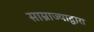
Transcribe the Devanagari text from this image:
साम्राज्याद्वारा